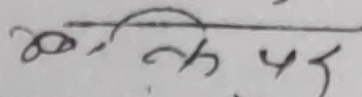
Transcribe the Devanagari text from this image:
क्तिपर